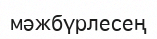
мәжбүрлесең